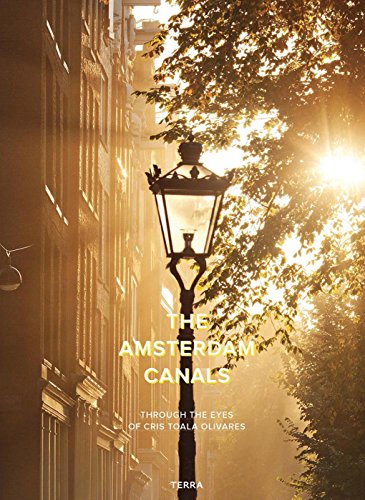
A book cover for Amsterdam Canals: Through the Eyes of Cris Toala Olivares (Dutch and English Edition); Cris Toala Olivares; Travel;